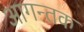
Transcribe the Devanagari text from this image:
आगन्तक